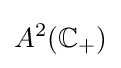
A^{2}(\mathbb {C} _{+})